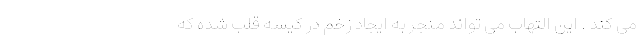
می کند . این التهاب می تواند منجر به ایجاد زخم در کیسه قلب شده که